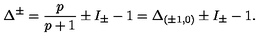
\Delta ^ { \pm } = \frac { p } { p + 1 } \pm I _ { \pm } - 1 = \Delta _ { ( \pm 1 , 0 ) } \pm I _ { \pm } - 1 .